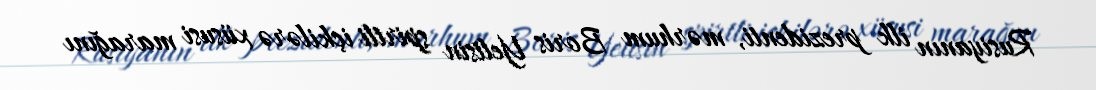
Rusiyanın ilk prezidenti, mərhum Boris Yeltsin spirtli içkilərə xüsusi marağını